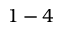
1 - 4